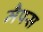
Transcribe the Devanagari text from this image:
मैपस